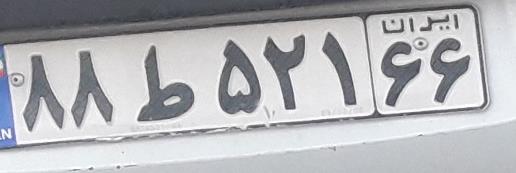
۸۸ط۵۲۱۶۶